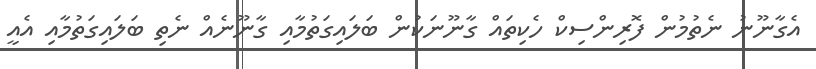
އެގާނޫނު ނެތުމުން ފޮރިންސިކް ހެކިތައް ގާނޫނަކުން ބަލައިގަތުމާއި ގާނޫނެއް ނެތި ބަލައިގަތުމާއި އެއީ